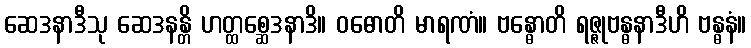
ဆေဒနာဒီသု ဆေဒနန္တိ ဟတ္ထစ္ဆေဒနာဒိ။ ဝဓောတိ မာရဏံ။ ဗန္ဓောတိ ရဇ္ဇုဗန္ဓနာဒီဟိ ဗန္ဓနံ။